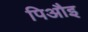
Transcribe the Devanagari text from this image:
पिऔइ